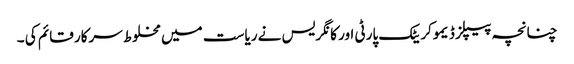
چنانچہ پیپلز ڈیموکریٹک پارٹی اور کانگریس نے ریاست میں مخلوط سرکار قائم کی ۔